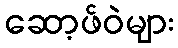
ဆော့ဖ်ဝဲများ